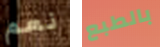
نعم بالطبع